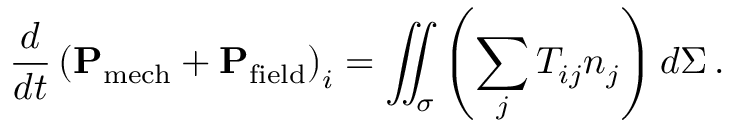
{ \frac { d } { d t } } \left( \mathbf { P } _ { \mathrm { m e c h } } + \mathbf { P } _ { \mathrm { f i e l d } } \right) _ { i } = \iint _ { \sigma } \left( \sum _ { j } T _ { i j } n _ { j } \right) d \Sigma \, .